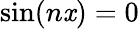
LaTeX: \sin(n\mathit{x})=0